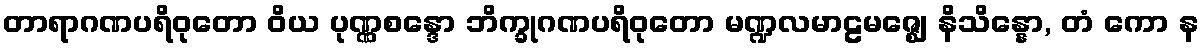
တာရာဂဏပရိဝုတော ဝိယ ပုဏ္ဏစန္ဒော ဘိက္ခုဂဏပရိဝုတော မဏ္ဍလမာဠမဇ္ဈေ နိသိန္နော, တံ ကော န